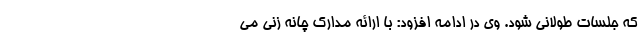
که جلسات طولانی شود. وی در ادامه افزود: با ارائه مدارک چانه زنی می